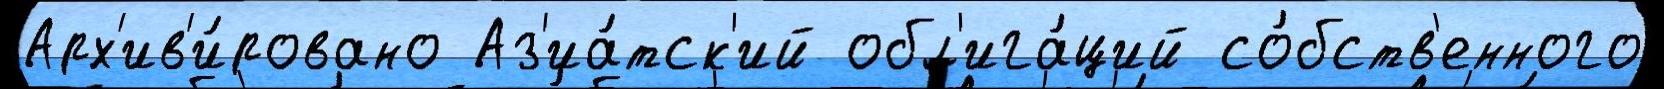
Арх'ив'и́ровано Аз'иа́тск'ий обл'ига́ций со́бств'енного